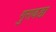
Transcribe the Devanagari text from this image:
गुरावडा